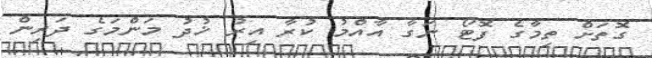
ގޮތަށް ތިމާގެ ފޮޓޯ ނަގާ އާއްމު ކުރާ އިރު ޚުދު މަންމަގެ ދަރިން